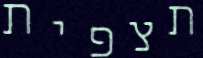
תצפית